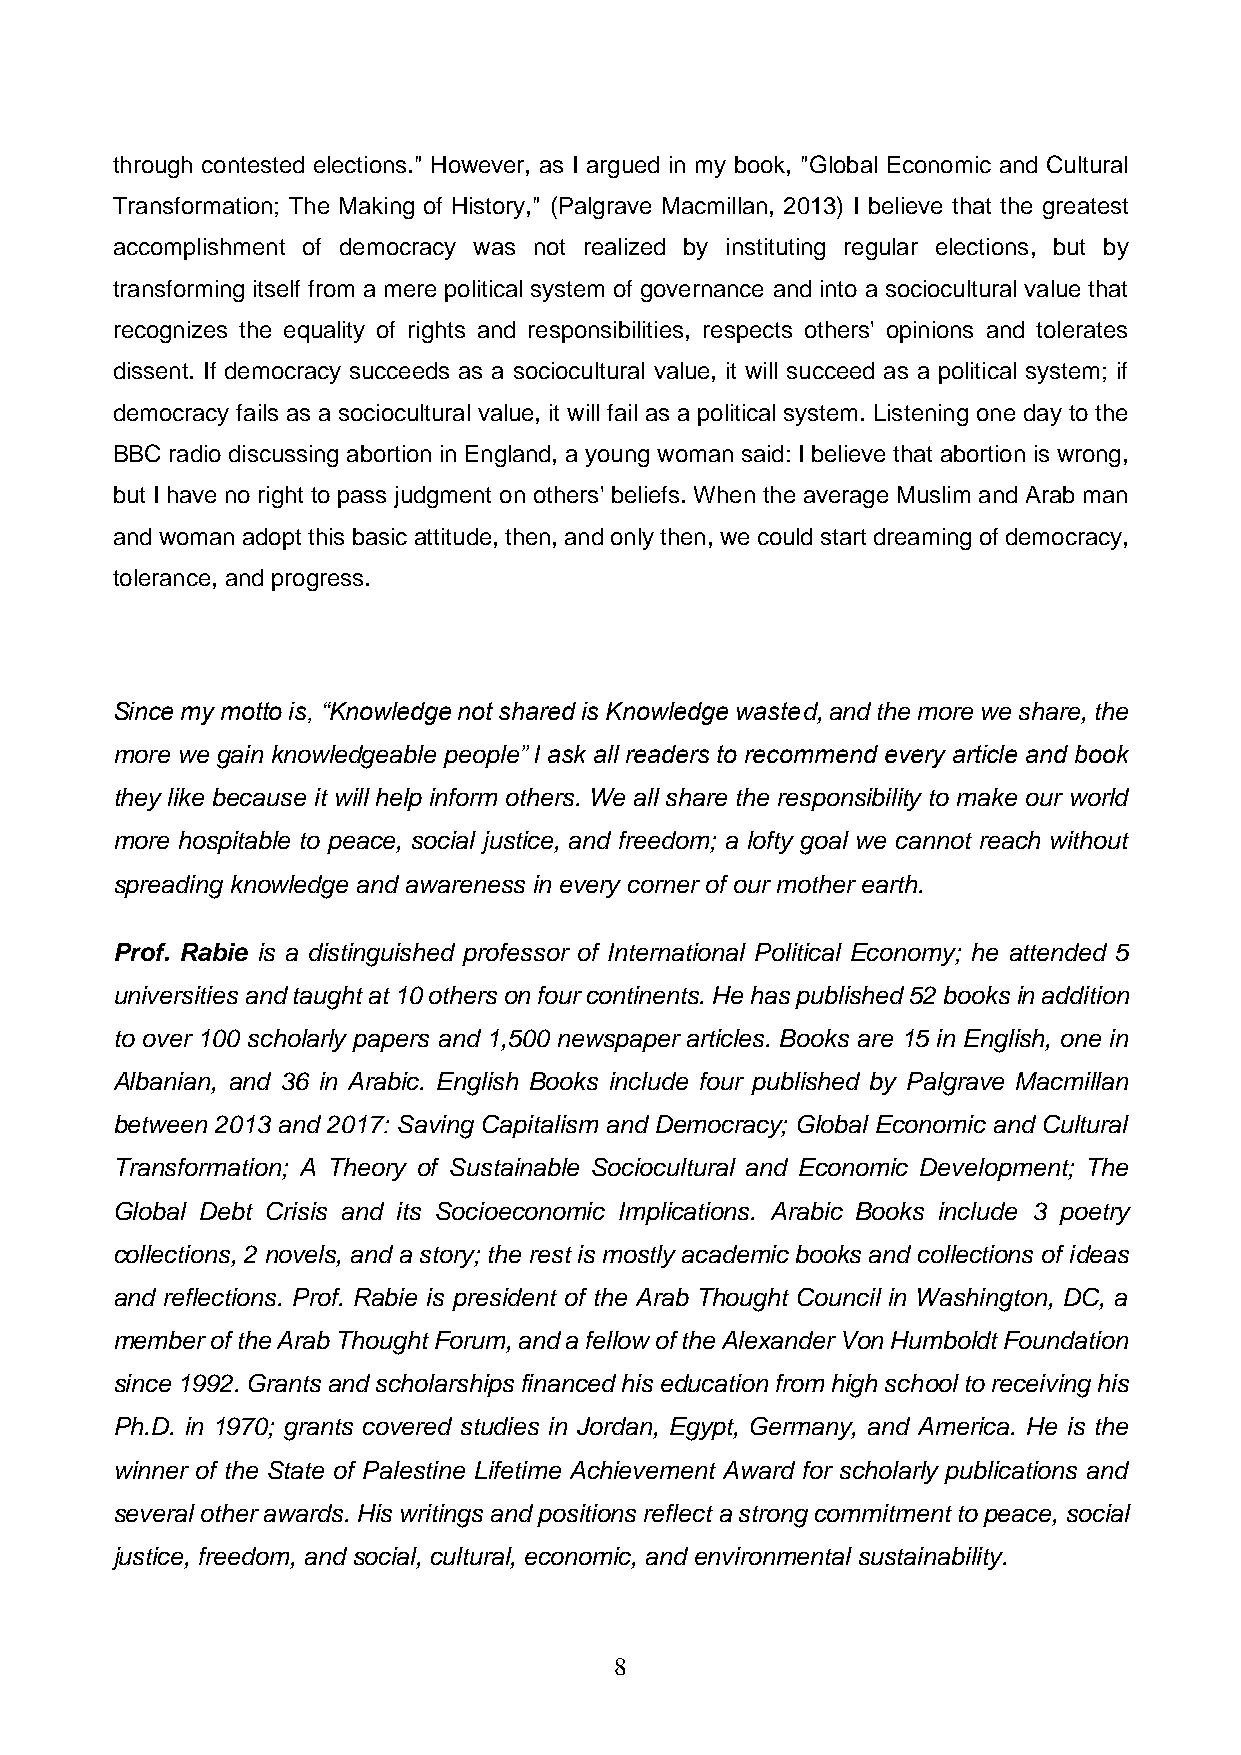
through contested elections." However, as I argued in my book, "Global Economic and Cultural
 Transformation; The Making of History," (Palgrave Macmillan, 2013) I believe that the greatest
 accomplishment of democracy was not realized by instituting regular elections, but by
 transforming itself from a mere political system of governance and into a sociocultural value that
 recognizes the equality of rights and responsibilities, respects others' opinions and tolerates
 dissent. If democracy succeeds as a sociocultural value, it will succeed as a political system; if
 democracy fails as a sociocultural value, it will fail as a political system. Listening one day to the
 BBC radio discussing abortion in England, a young woman said: I believe that abortion is wrong,
 but I have no right to pass judgment on others' beliefs. When the average Muslim and Arab man
 and woman adopt this basic attitude, then, and only then, we could start dreaming of democracy,
 tolerance, and progress.
 Since my motto is, “Knowledge not shared is Knowledge wasted, and the more we share, the
 more we gain knowledgeable people” I ask all readers to recommend every article and book
 they like because it will help inform others. We all share the responsibility to make our world
 more hospitable to peace, social justice, and freedom; a lofty goal we cannot reach without
 spreading knowledge and awareness in every corner of our mother earth.
 Prof. Rabie is a distinguished professor of International Political Economy; he attended 5
 universities and taught at 10 others on four continents. He has published 52 books in addition
 to over 100 scholarly papers and 1,500 newspaper articles. Books are 15 in English, one in
 Albanian, and 36 in Arabic. English Books include four published by Palgrave Macmillan
 between 2013 and 2017: Saving Capitalism and Democracy; Global Economic and Cultural
 Transformation; A Theory of Sustainable Sociocultural and Economic Development; The
 Global Debt Crisis and its Socioeconomic Implications. Arabic Books include 3 poetry
 collections, 2 novels, and a story; the rest is mostly academic books and collections of ideas
 and reflections. Prof. Rabie is president of the Arab Thought Council in Washington, DC, a
 member of the Arab Thought Forum, and a fellow of the Alexander Von Humboldt Foundation
 since 1992. Grants and scholarships financed his education from high school to receiving his
 Ph.D. in 1970; grants covered studies in Jordan, Egypt, Germany, and America. He is the
 winner of the State of Palestine Lifetime Achievement Award for scholarly publications and
 several other awards. His writings and positions reflect a strong commitment to peace, social
 justice, freedom, and social, cultural, economic, and environmental sustainability.
 8